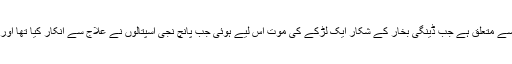
واضح رہے کہ یہ معاملہ سپریم کورٹ کے 2015 کے اس مقدمے سے متعلق ہے جب ڈینگی بخار کے شکار ایک لڑکے کی موت اس لیے ہوئی جب پانچ نجی اسپتالوں نے علاج سے انکار کیا تھا اور جس کے نتیجے میں لڑکے کے والدین نے بھی خودکشی کر لی تھی۔